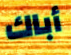
أباك